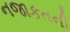
નજાકતની